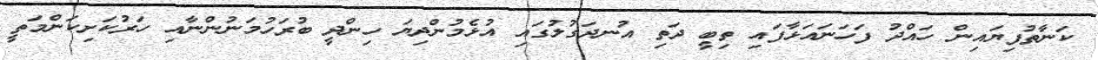
ކަނާތުފިޔައިން ހައްދު ފަހަނައަޅާފައި ތިބީ ދަތި އުނދަގުލުގައި އުޅެމުންދިޔަ ހިންދީ ބުރަހުމަނުންނާއި ހަރުކަށިކަންމަތީ